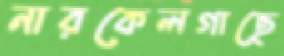
নারকেলগাছে